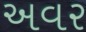
અવર